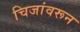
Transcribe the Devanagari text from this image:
चिजांवरून